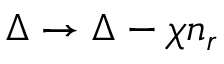
\Delta \rightarrow \Delta - \chi n _ { r }